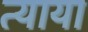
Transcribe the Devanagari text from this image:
त्याया